画像に写った文字を読んでください
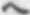
「ヘ」と書いてあります